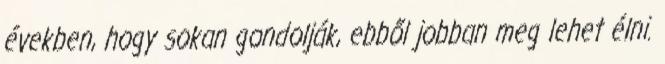
években, hogy sokan gondolják, ebből jobban meg lehet élni.